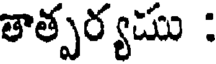
తాత్పర్యము :